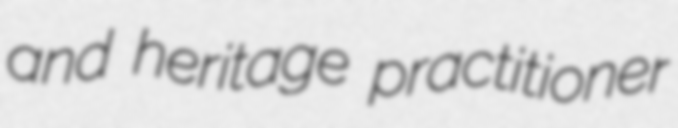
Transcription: and heritage practitioner